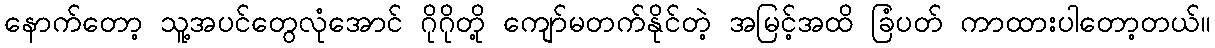
နောက်တော့ သူ့အပင်တွေလုံအောင် ဂိုဂိုတို့ ကျော်မတက်နိုင်တဲ့ အမြင့်အထိ ခြံပတ် ကာထားပါတော့တယ်။